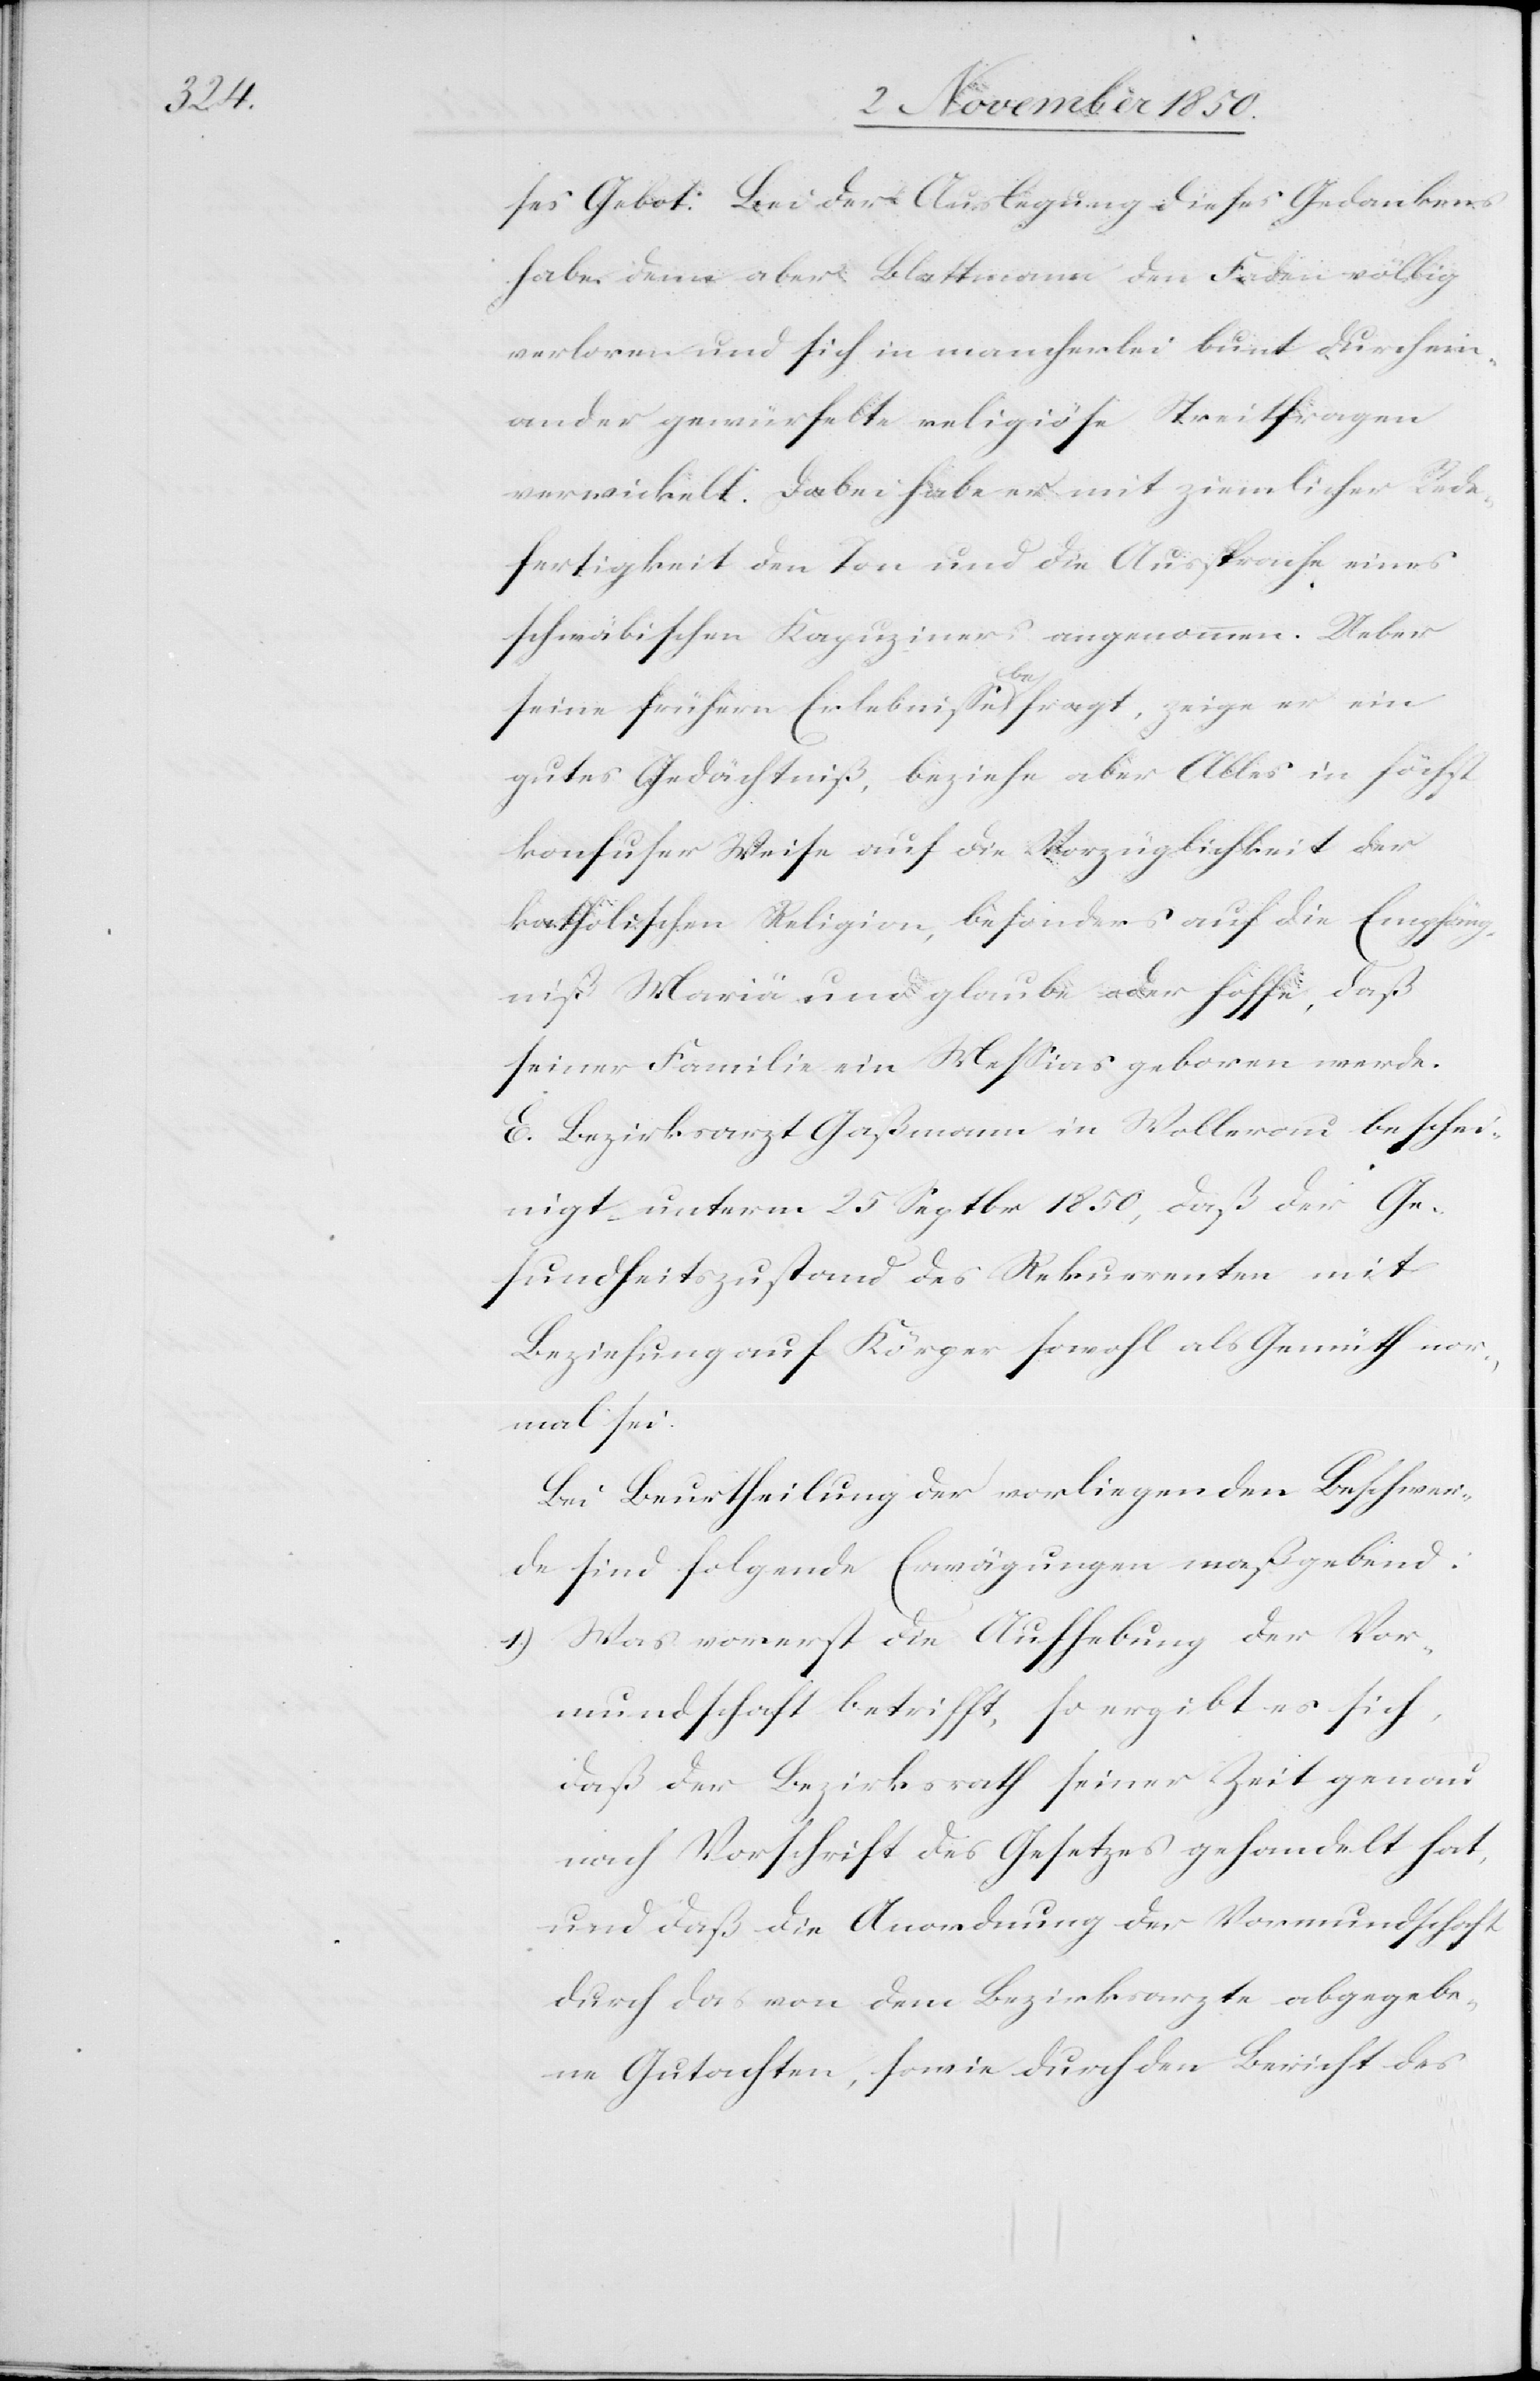
ses Gebot. Bei der Auslegung dieses Gedankens
habe denn aber Blattmann den Faden völlig
verloren und sich in mancherlei bunt durchein¬
ander gewürfelte religiöse Streitfragen
verwickelt. Dabei habe er mit ziemlicher Rede¬
fertigkeit den Ton und die Aussprache eines
schwäbischen Kapuziners angenommen. Ueber
seine frühern Erlebnisse befragt, zeige er ein
gutes Gedächtniß, beziehe aber Alles in höchst
konfuser Weise auf die Vorzüglichkeit der
katholischen Religion, besonders auf die Empfäng¬
niß Mariä und glaube oder hoffe, daß
seiner Familie ein Messias geboren werde.
E. Bezirksarzt Gaßmann in Wollerau beschei¬
nigt unterm 25 Septbr 1850, daß der Ge¬
sundheitszustand des Rekurrenten mit
Beziehung auf Körper sowohl als Gemüth nor¬
mal sei.
Bei Beurtheilung der vorliegenden Beschwer¬
de sind folgende Erwägungen maßgebend:
1.) Was vorerst die Aufhebung der Vor¬
mundschaft betrifft, so ergibt es sich,
daß der Bezirksrath seiner Zeit genau
nach Vorschrift des Gesetzes gehandelt hat,
und daß die Anordnung der Vormundschaft
durch das von dem Bezirksarzte abgegebe¬
ne Gutachten, sowie durch den Bericht des